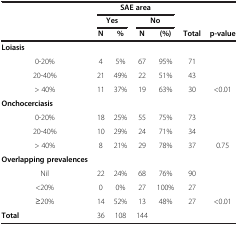
<table><thead><tr><td><b> </b></td><td colspan="4"><b>SAE area</b></td><td><b> </b></td><td><b> </b></td></tr><tr><td><b> </b></td><td colspan="2"><b>Yes</b></td><td colspan="2"><b>No</b></td><td><b> </b></td><td><b> </b></td></tr><tr><td><b> </b></td><td><b>N</b></td><td><b>%</b></td><td><b>N</b></td><td><b>(%)</b></td><td><b>Total</b></td><td><b>p-value</b></td></tr></thead><tbody><tr><td><b>Loiasis</b></td><td> </td><td> </td><td> </td><td> </td><td> </td><td> </td></tr><tr><td>0-20%</td><td>4</td><td>5%</td><td>67</td><td>95%</td><td>71</td><td> </td></tr><tr><td>20-40%</td><td>21</td><td>49%</td><td>22</td><td>51%</td><td>43</td><td> </td></tr><tr><td>&gt; 40%</td><td>11</td><td>37%</td><td>19</td><td>63%</td><td>30</td><td>&lt;0.01</td></tr><tr><td><b>Onchocerciasis</b></td><td> </td><td> </td><td> </td><td> </td><td> </td><td> </td></tr><tr><td>0-20%</td><td>18</td><td>25%</td><td>55</td><td>75%</td><td>73</td><td> </td></tr><tr><td>20-40%</td><td>10</td><td>29%</td><td>24</td><td>71%</td><td>34</td><td> </td></tr><tr><td>&gt; 40%</td><td>8</td><td>21%</td><td>29</td><td>78%</td><td>37</td><td>0.75</td></tr><tr><td><b>Overlapping prevalences</b></td><td> </td><td> </td><td> </td><td> </td><td> </td><td> </td></tr><tr><td>Nil</td><td>22</td><td>24%</td><td>68</td><td>76%</td><td>90</td><td> </td></tr><tr><td>&lt;20%</td><td>0</td><td>0%</td><td>27</td><td>100%</td><td>27</td><td> </td></tr><tr><td>≥20%</td><td>14</td><td>52%</td><td>13</td><td>48%</td><td>27</td><td>&lt;0.01</td></tr><tr><td><b>Total</b></td><td>36</td><td>108</td><td>144</td><td> </td><td> </td><td> </td></tr></tbody></table>